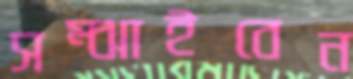
সম্‌ঝাইবেন